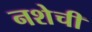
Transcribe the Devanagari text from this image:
नशेची